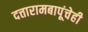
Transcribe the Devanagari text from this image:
दत्तारामबापूंचेही